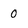
Character: 0